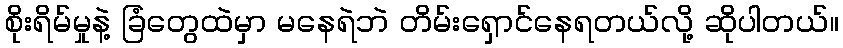
စိုးရိမ်မှုနဲ့ ခြံတွေထဲမှာ မနေရဲဘဲ တိမ်းရှောင်နေရတယ်လို့ ဆိုပါတယ်။